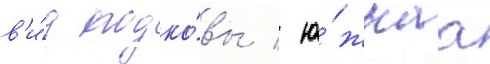
в'и́д подко́вы / ю́жнаа